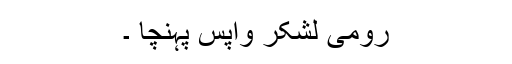
رومی لشکر واپس پہنچا ۔